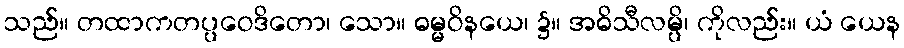
သည်။ တထာကတပ္ပဝေဒိတော၊ သော။ ဓမ္မဝိနယေ၊ ၌။ အဓိသီလမ္ပိ၊ ကိုလည်း။ ယံ ယေန